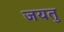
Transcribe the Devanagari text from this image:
जयतु